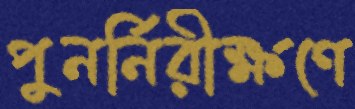
পুনর্নিরীক্ষণে